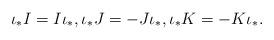
LaTeX: \begin{align*}\iota_{*}I=I\iota_{*},\iota_{*}J=-J\iota_{*},\iota_{*}K=-K\iota_{*}.\end{align*}